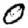
Digit: 0